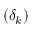
( \delta _ { k } )